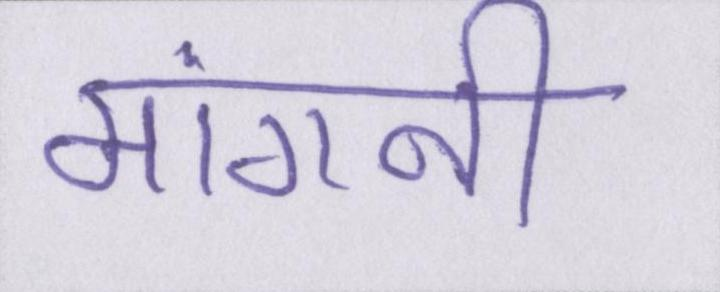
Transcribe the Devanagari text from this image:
मांगनी